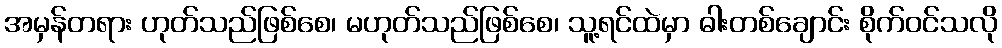
အမှန်တရား ဟုတ်သည်ဖြစ်စေ၊ မဟုတ်သည်ဖြစ်စေ၊ သူ့ရင်ထဲမှာ ဓါးတစ်ချောင်း စိုက်ဝင်သလို